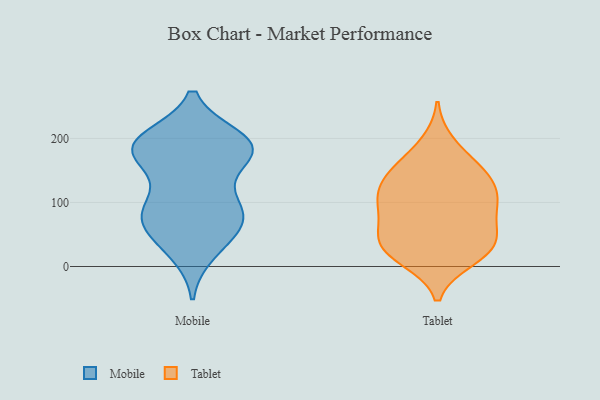
{"axis": {"x": "Shipments", "y": "Value"}, "legend": ["Mobile", "Tablet"], "data": [{"x": "", "y": 104, "type": "Mobile"}, {"x": "", "y": 186, "type": "Mobile"}, {"x": "", "y": 194, "type": "Mobile"}, {"x": "", "y": 94, "type": "Mobile"}, {"x": "", "y": 179, "type": "Mobile"}, {"x": "", "y": 34, "type": "Mobile"}, {"x": "", "y": 75, "type": "Mobile"}, {"x": "", "y": 88, "type": "Mobile"}, {"x": "", "y": 189, "type": "Mobile"}, {"x": "", "y": 185, "type": "Mobile"}, {"x": "", "y": 167, "type": "Mobile"}, {"x": "", "y": 81, "type": "Mobile"}, {"x": "", "y": 68, "type": "Mobile"}, {"x": "", "y": 199, "type": "Mobile"}, {"x": "", "y": 61, "type": "Mobile"}, {"x": "", "y": 172, "type": "Mobile"}, {"x": "", "y": 23, "type": "Mobile"}, {"x": "", "y": 192, "type": "Mobile"}, {"x": "", "y": 42, "type": "Tablet"}, {"x": "", "y": 43, "type": "Tablet"}, {"x": "", "y": 93, "type": "Tablet"}, {"x": "", "y": 112, "type": "Tablet"}, {"x": "", "y": 141, "type": "Tablet"}, {"x": "", "y": 158, "type": "Tablet"}, {"x": "", "y": 51, "type": "Tablet"}, {"x": "", "y": 192, "type": "Tablet"}, {"x": "", "y": 70, "type": "Tablet"}, {"x": "", "y": 112, "type": "Tablet"}, {"x": "", "y": 152, "type": "Tablet"}, {"x": "", "y": 12, "type": "Tablet"}, {"x": "", "y": 34, "type": "Tablet"}, {"x": "", "y": 102, "type": "Tablet"}, {"x": "", "y": 20, "type": "Tablet"}, {"x": "", "y": 18, "type": "Tablet"}, {"x": "", "y": 98, "type": "Tablet"}, {"x": "", "y": 139, "type": "Tablet"}]}